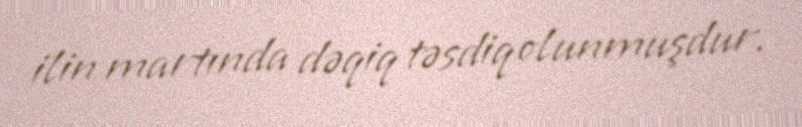
ilin martında dəqiq təsdiq olunmuşdur.